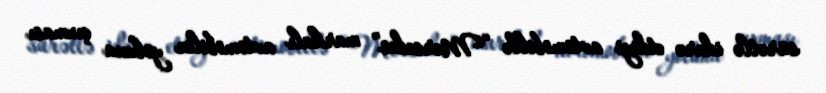
sürətlə idarə etdiyi avtomobillə “Mersedes” markalı avtomobilin yoluna çıxması